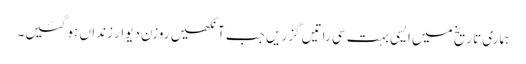
ہماری تاریخ میں ایسی بہت سی راتیں گزریں جب آنکھیں روزن دیوار زنداں ہو گئیں۔